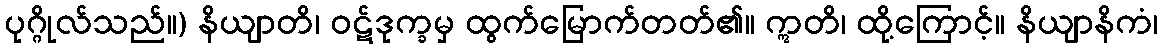
ပုဂ္ဂိုလ်သည်။) နိယျာတိ၊ ဝဋ်ဒုက္ခမှ ထွက်မြောက်တတ်၏။ ဣတိ၊ ထို့ကြောင့်။ နိယျာနိကံ၊